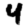
Digit: 4